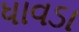
ધાવડા